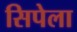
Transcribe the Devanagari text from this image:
सिपेला